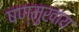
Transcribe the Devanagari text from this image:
षण्मुखाय